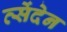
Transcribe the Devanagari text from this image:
त्सेंदेन